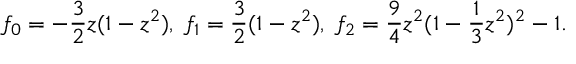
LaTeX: f _ { 0 } = - \frac { 3 } { 2 } z ( 1 - z ^ { 2 } ) , \; f _ { 1 } = \frac { 3 } { 2 } ( 1 - z ^ { 2 } ) , \; f _ { 2 } = \frac { 9 } { 4 } z ^ { 2 } ( 1 - \frac { 1 } { 3 } z ^ { 2 } ) ^ { 2 } - 1 .